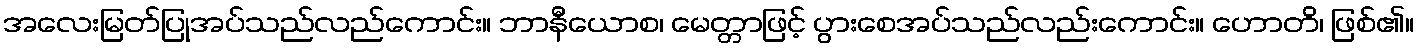
အလေးမြတ်ပြုအပ်သည်လည်ကောင်း။ ဘာနီယောစ၊ မေတ္တာဖြင့် ပွားစေအပ်သည်လည်းကောင်း။ ဟောတိ၊ ဖြစ်၏။